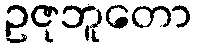
ဥဇုဘူတော